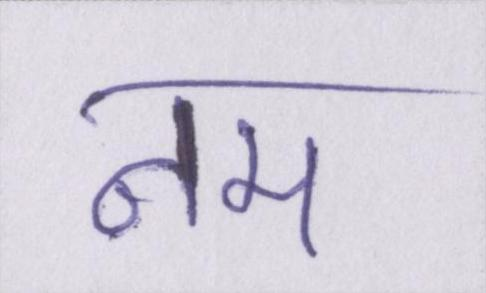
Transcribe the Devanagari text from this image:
नम